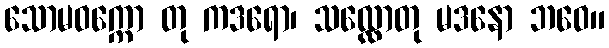
သောမဝက္ကော တု ကဒရော၊ သလ္လောတု မဒနော ဘဝေ။